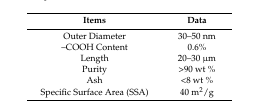
| Items | Data |
 | --- | --- |
 | Outer Diameter | 30–50 nm |
 | –COOH Content | 0.6% |
 | Length | 20–30 μm |
 | Purity | >90 wt % |
 | Ash | <8 wt % |
 | Specific Surface Area (SSA) | 40 m2/g |